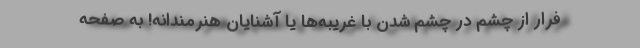
فرار از چشم در چشم شدن با غریبه‌ها یا آشنایان هنرمندانه! به صفحه